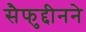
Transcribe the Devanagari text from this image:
सैफुद्दीनने